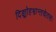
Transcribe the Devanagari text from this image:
दिङ्मोहभ्रान्तचेतसः